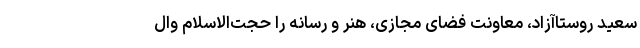
سعید روستاآزاد، معاونت فضای مجازی، هنر و رسانه را حجت‌الاسلام وال